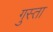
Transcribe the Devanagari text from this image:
गुस्ता